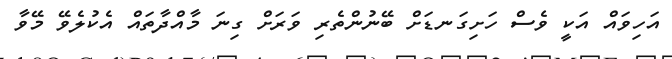
އަހިވައް އަކީ ވެސް ހަށިގަނޑަށް ބޭނުންތެރި ވަރަށް ގިނަ މާއްދާތައް އެކުލެވޭ މޭވާ